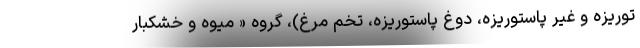
توریزه و غیر پاستوریزه، دوغ پاستوریزه، تخم مرغ)، گروه « میوه و خشکبار